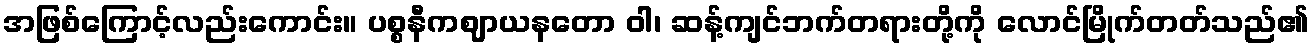
အဖြစ်ကြောင့်လည်းကောင်း။ ပစ္စနီကဈာယနတော ဝါ၊ ဆန့်ကျင်ဘက်တရားတို့ကို လောင်မြိုက်တတ်သည်၏